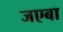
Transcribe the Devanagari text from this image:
जएबा